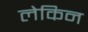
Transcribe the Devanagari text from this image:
लेकिन